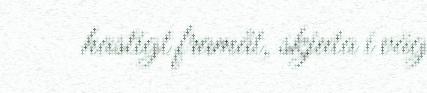
hastigt framåt, skjuta i väg